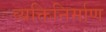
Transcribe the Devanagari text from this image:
व्यक्तिनिर्माण